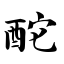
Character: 酡